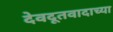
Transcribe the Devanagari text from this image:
देवदूतवादाच्या